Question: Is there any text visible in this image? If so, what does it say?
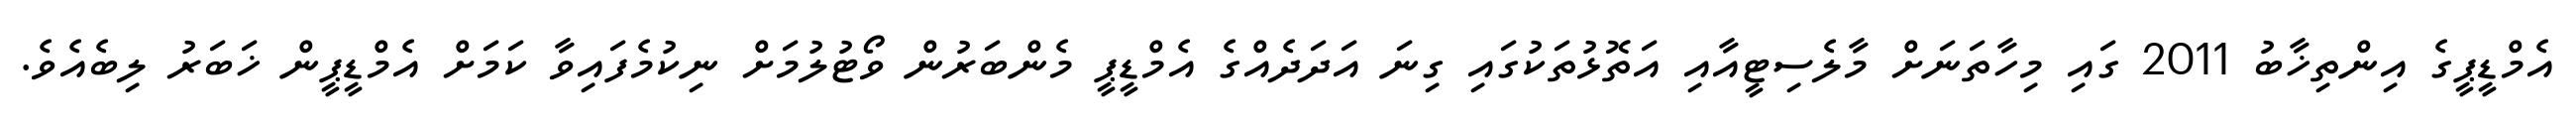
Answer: އެމްޑީޕީގެ އިންތިޚާބު 2011 ގައި މިހާތަނަށް މާލެސިޓީއާއި އަތޮޅުތަކުގައި ގިނަ އަދަދެއްގެ އެމްޑީޕީ މެންބަރުން ވޯޓުލުމަށް ނިކުމެފައިވާ ކަމަށް އެމްޑީޕީން ޚަބަރު ލިބެއެވެ.